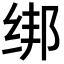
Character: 绑